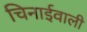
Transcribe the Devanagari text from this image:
चिनाईवाली